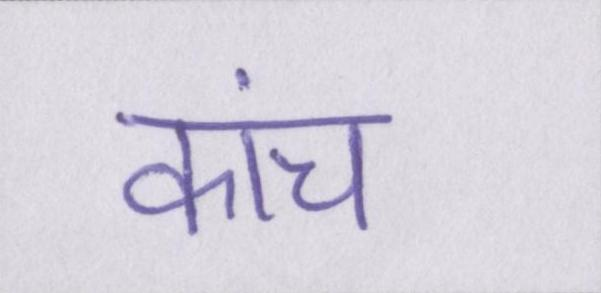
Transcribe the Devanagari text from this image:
कांच